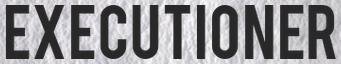
EXECUTIONER